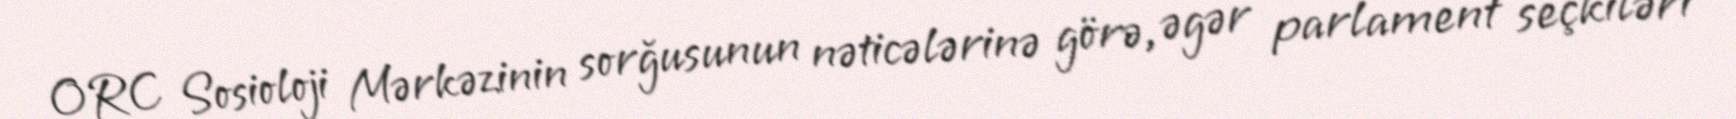
ORC Sosioloji Mərkəzinin sorğusunun nəticələrinə görə, əgər parlament seçkiləri